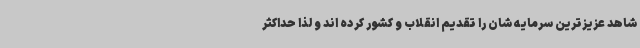
شاهد عزیزترین سرمایه شان را تقدیم انقلاب و کشور کرده اند و لذا حداکثر